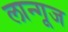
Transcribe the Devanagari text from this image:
लान्गूज